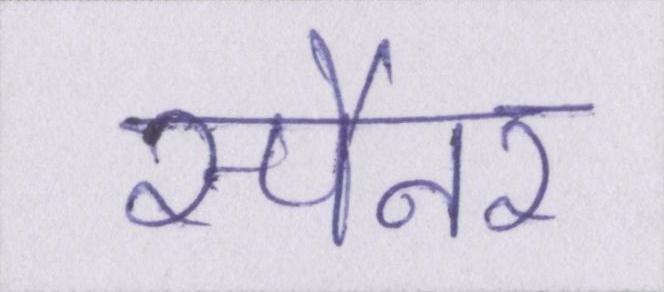
स्पैनर